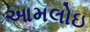
આમલોઇ